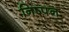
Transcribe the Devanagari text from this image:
निष्पन